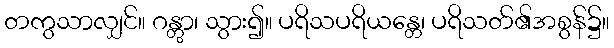
တကွသာလျှင်။ ဂန္တွာ၊ သွား၍။ ပရိသပရိယန္တေ၊ ပရိသတ်၏အစွန်၌။